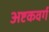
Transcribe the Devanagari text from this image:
अष्टकवर्ग